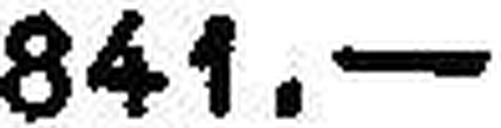
841.—